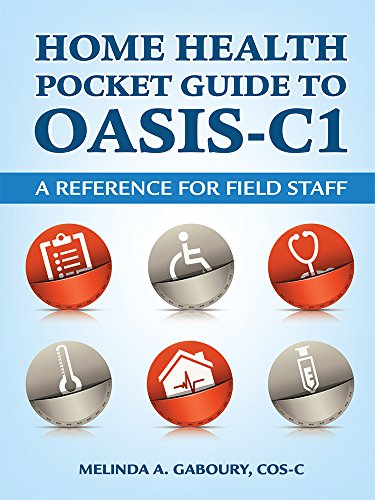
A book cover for Home Health Pocket Guide to OASIS-C1: A Reference for Field Staff; HCPro; Medical Books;